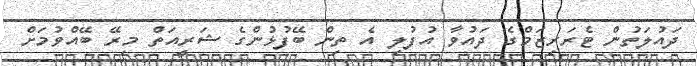
ދައުލަތުން ޓެރަރިޒަމްގެ ދައުވާ އުފުލި އެ ތިން ބޭފުޅުންގެ ޝަރީއަތް މިރޭ ބޭއްވުމަށް